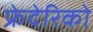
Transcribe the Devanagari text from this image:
फ्रेदेरिको